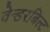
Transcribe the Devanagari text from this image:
वेन्डरबिल्ट